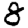
Digit: 8